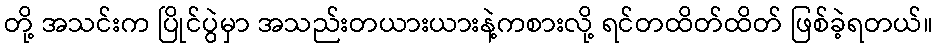
တို့ အသင်းက ပြိုင်ပွဲမှာ အသည်းတယားယားနဲ့ကစားလို့ ရင်တထိတ်ထိတ် ဖြစ်ခဲ့ရတယ်။